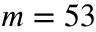
m = 5 3